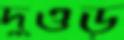
দুওড়